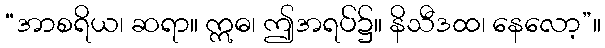
“အာစရိယ၊ ဆရာ။ ဣဓ၊ ဤအရပ်၌။ နိသီဒထ၊ နေလော့”။